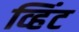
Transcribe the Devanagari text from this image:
व्हिंट